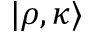
| \rho , \kappa \rangle